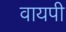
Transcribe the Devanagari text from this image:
वायपी